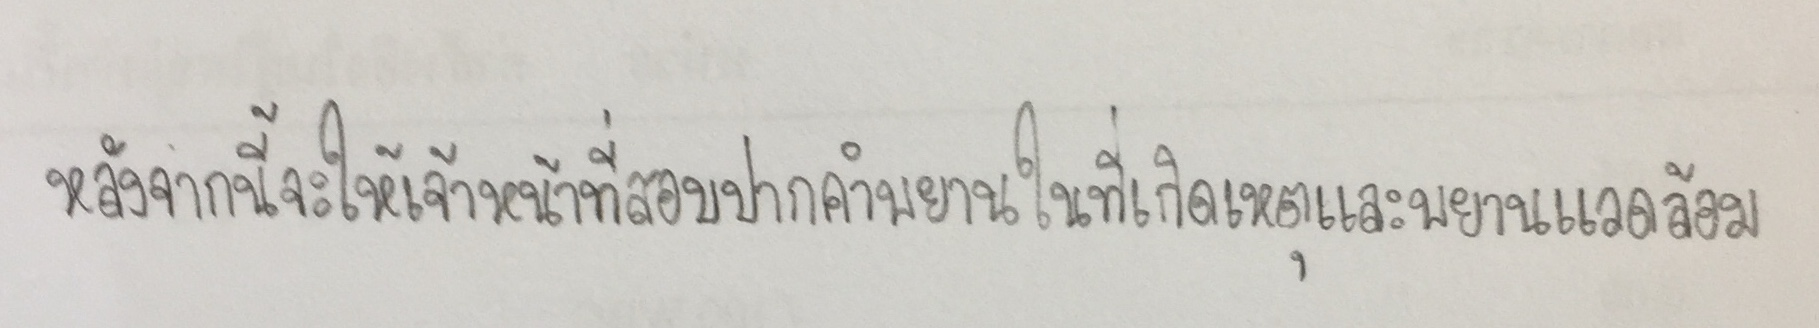
หลังจากนี้จะให้เจ้าหน้าที่สอบปากคำพยานในที่เกิดเหตุและพยานแวดล้อม